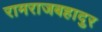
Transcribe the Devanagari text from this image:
रामराजबहादुर